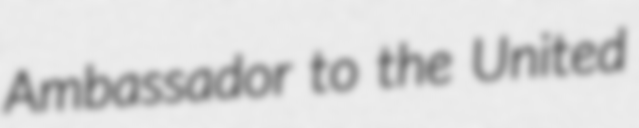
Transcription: Ambassador to the United